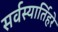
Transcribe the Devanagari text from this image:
सर्वस्यार्तिहरे